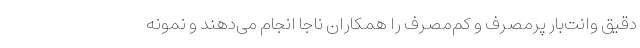
دقیق وانت‌بار پرمصرف و کم‌مصرف را همکاران ناجا انجام می‌دهند و نمونه